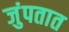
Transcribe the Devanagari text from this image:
जुंपतात